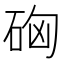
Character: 𥒚